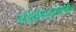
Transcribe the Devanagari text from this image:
हाईड्रोफ़्लुरोकर्बोन